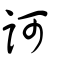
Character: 訶